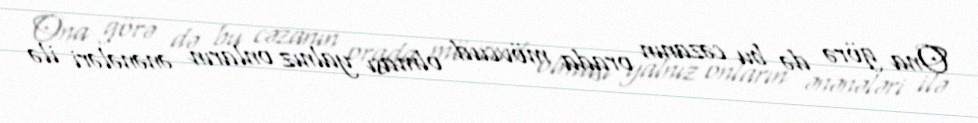
Ona görə də bu cəzanın orada mövcud olması yalnız onların ənənələri ilə